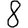
Digit: 8